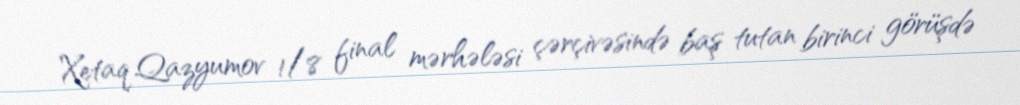
Xetaq Qazyumov 1/8 final mərhələsi çərçivəsində baş tutan birinci görüşdə